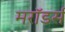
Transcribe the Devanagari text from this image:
मरॉडर्स